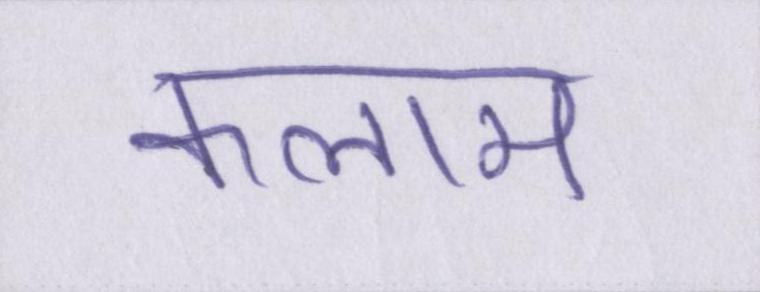
कलाम